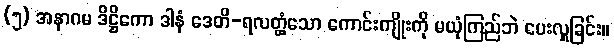
(၅) အနာဂမ ဒိဋ္ဌိကော ဒါနံ ဒေတိ-ရလတ္တံ့သော ကောင်းကျိုးကို မယုံကြည်ဘဲ ပေးလှူခြင်း။